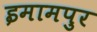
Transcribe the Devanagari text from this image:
इमामपुर